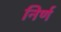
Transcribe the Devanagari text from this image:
निर्ण